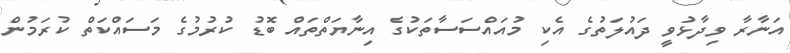
އަނާރާ ވިދާޅުވީ ދައުލަތުގެ އެކި މުއައްސަސާތަކުގެ އިނާޔަތްތައް ބޮޑު ކުރުމުގެ މަސައްކަތް ކުރަމުން